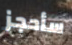
سأحجز